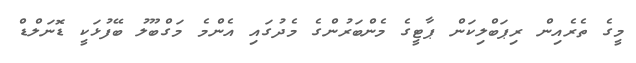
މީގެ ތެރެއިން ރިޕަބްލިކަން ޕާޓީގެ މެންބަރުންގެ މެދުގައި އެންމެ މަގްބޫލު ބޭފުޅަކީ ޑޮނަލްޑް